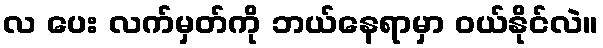
လ ပေး လက်မှတ်ကို ဘယ်နေရာမှာ ဝယ်နိုင်လဲ။